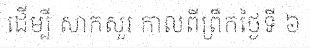
ដើម្បី សាកសួរ កាលពីព្រឹកថ្ងៃទី ៦